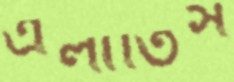
এলাতিস